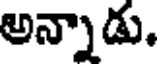
అన్నాడు.